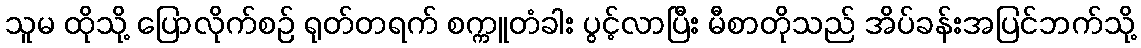
သူမ ထိုသို့ ပြောလိုက်စဉ် ရုတ်တရက် စက္ကူတံခါး ပွင့်လာပြီး မီစာတိုသည် အိပ်ခန်းအပြင်ဘက်သို့